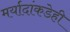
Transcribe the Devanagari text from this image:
मर्यादांकडेही